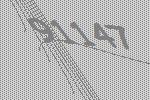
91147